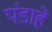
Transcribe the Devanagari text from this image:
पंडाहे